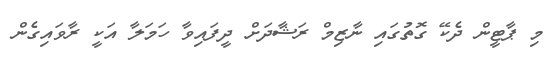
މި ޕާޓީން ދެކޭ ގޮތުގައި ނާޒިމް ރަޝާދަށް ދީފައިވާ ހަމަލާ އަކީ ރާވައިގެން